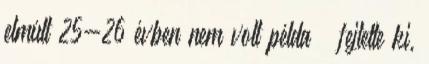
elmúlt 25-26 évben nem volt példa – fejtette ki,